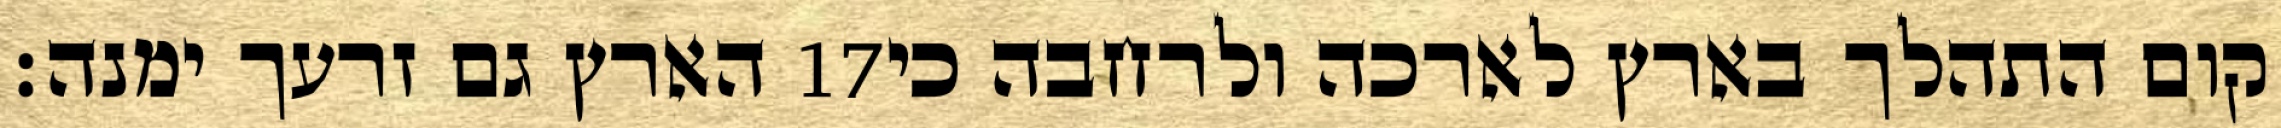
הארץ גם זרעך ימנה׃ ‎17‏ קום התהלך בארץ לארכה ולרחבה כי